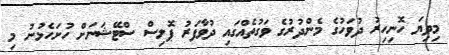
މިދިޔަ ހޮނިހިރު ދުވަހުގެ މެންދުރުގެ ވަގުތެއްގައި ދުވާފަރު ޕޮލިސް ސްޓޭޝަނަށް ހުށަހެޅުނު މި